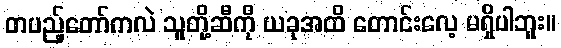
တပည့်တော်ကလဲ သူတို့ဆီကို ယခုအထိ တောင်းလေ့ မရှိပါဘူး။